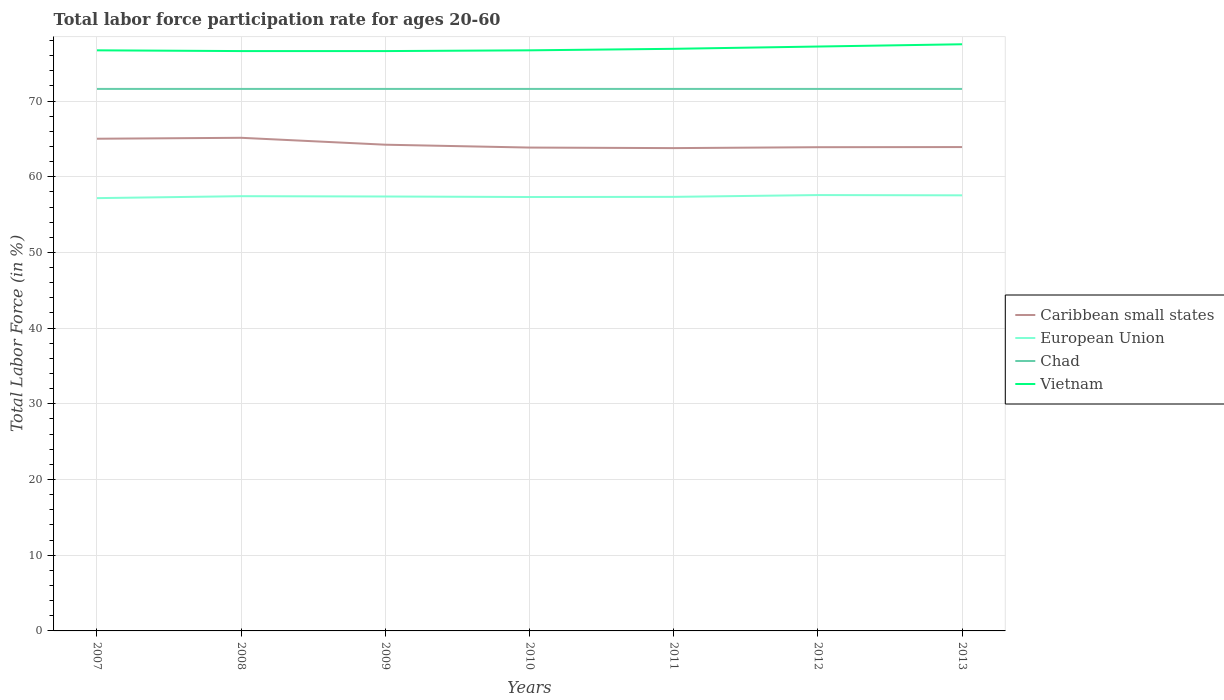
| Years | Caribbean small states | European Union | Chad | Vietnam |
 | --- | --- | --- | --- | --- |
 | 2007 | 65 | 57.2 | 71.6 | 76.7 |
 | 2008 | 65.1 | 57.4 | 71.6 | 76.6 |
 | 2009 | 64.2 | 57.4 | 71.6 | 76.6 |
 | 2010 | 63.9 | 57.3 | 71.6 | 76.7 |
 | 2011 | 63.8 | 57.3 | 71.6 | 76.9 |
 | 2012 | 63.9 | 57.6 | 71.6 | 77.2 |
 | 2013 | 63.9 | 57.5 | 71.6 | 77.5 |